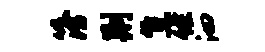
簿荆焦佐泗